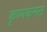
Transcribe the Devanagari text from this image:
कृष्णकमल